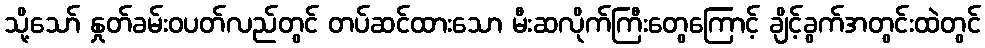
သို့သော် နှုတ်ခမ်းဝပတ်လည်တွင် တပ်ဆင်ထားသော မီးဆလိုက်ကြီးတွေကြောင့် ချိင့်ခွက်အတွင်းထဲတွင်